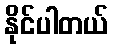
နိုင်ပါတယ်